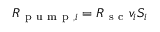
R _ { \mathrm { ~ p ~ u ~ m ~ p ~ } , i } = R _ { \mathrm { ~ s ~ c ~ } } v _ { i } S _ { i }